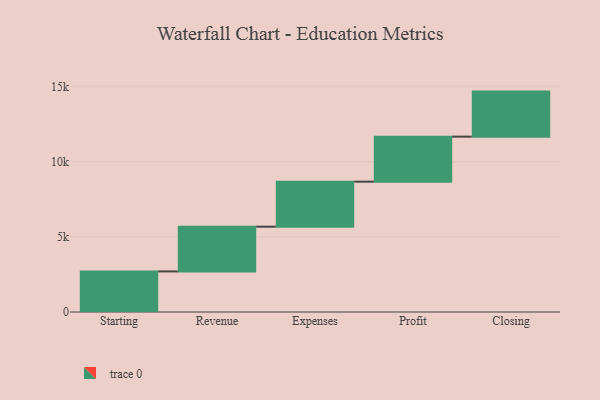
{"axis": {"x": "Step", "y": "Value"}, "legend": [""], "data": [{"x": "Starting", "y": 2703.0, "type": ""}, {"x": "Revenue", "y": 2979.0, "type": ""}, {"x": "Expenses", "y": 3000, "type": ""}, {"x": "Profit", "y": 3000, "type": ""}, {"x": "Closing", "y": 3000, "type": ""}]}